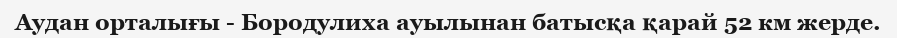
Аудан орталығы - Бородулиха ауылынан батысқа қарай 52 км жерде.